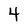
Character: 4